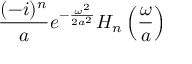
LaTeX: { \frac { ( - i ) ^ { n } } { a } } e ^ { - { \frac { \omega ^ { 2 } } { 2 a ^ { 2 } } } } H _ { n } \left( { \frac { \omega } { a } } \right)